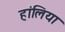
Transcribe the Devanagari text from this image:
हांलिया